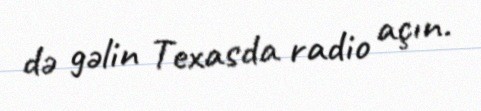
də gəlin Texasda radio açın.